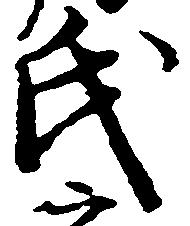
氏